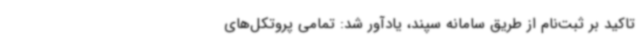
تاکید بر ثبت‌نام از طریق سامانه سپند، یادآور شد: تمامی پروتکل‌های